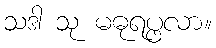
သဒါ သု မဓုရပ္ဖလာ။